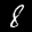
Label: 8